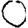
Digit: 0